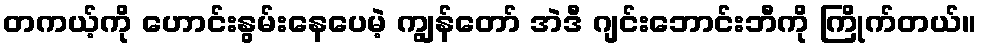
တကယ့်ကို ဟောင်းနွမ်းနေပေမဲ့ ကျွန်တော် အဲဒီ ဂျင်းဘောင်းဘီကို ကြိုက်တယ်။